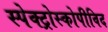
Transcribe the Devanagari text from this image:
स्पेक्ट्रोस्कोपीविद